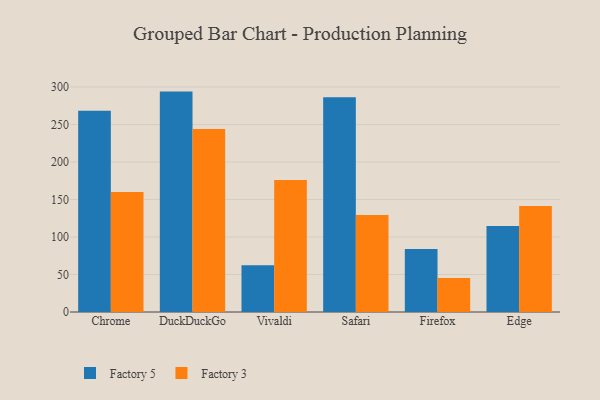
{"axis": {"x": "Browser", "y": "Humidity (%)"}, "legend": ["Factory 3", "Factory 5"], "data": [{"x": "Chrome", "y": 268.4, "type": "Factory 5"}, {"x": "Chrome", "y": 160.1, "type": "Factory 3"}, {"x": "DuckDuckGo", "y": 293.9, "type": "Factory 5"}, {"x": "DuckDuckGo", "y": 244.0, "type": "Factory 3"}, {"x": "Vivaldi", "y": 62.5, "type": "Factory 5"}, {"x": "Vivaldi", "y": 175.9, "type": "Factory 3"}, {"x": "Safari", "y": 286.5, "type": "Factory 5"}, {"x": "Safari", "y": 129.2, "type": "Factory 3"}, {"x": "Firefox", "y": 84.1, "type": "Factory 5"}, {"x": "Firefox", "y": 45.5, "type": "Factory 3"}, {"x": "Edge", "y": 114.6, "type": "Factory 5"}, {"x": "Edge", "y": 141.3, "type": "Factory 3"}]}